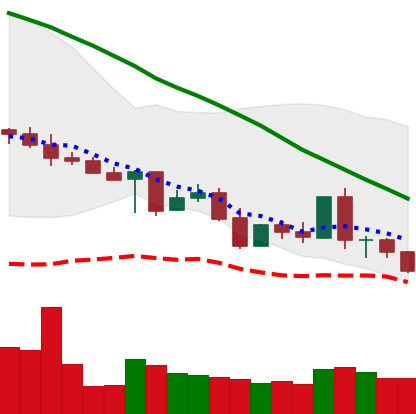
Ticker: XLM-USD
Chart end date: 2022-05-08
Forward return: -18.442%
Label: down_7plus